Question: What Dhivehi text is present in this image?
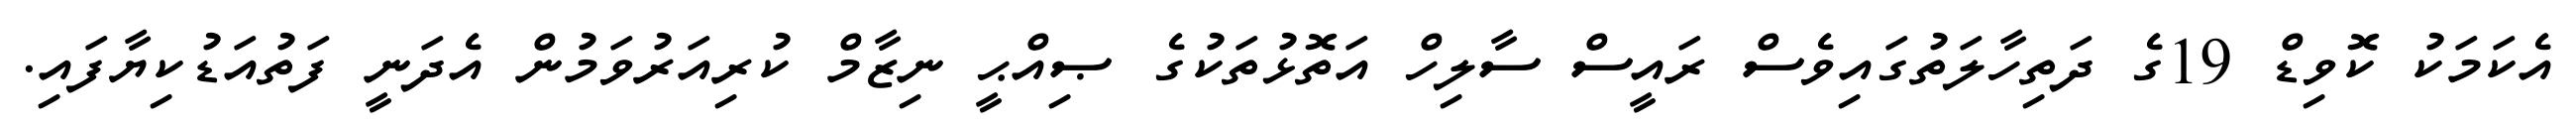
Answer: އެކަމަކު ކޮވިޑް 19ގެ ދަތިހާލަތުގައިވެސް ރައީސް ސާލިހް އަތޮޅުތަކުގެ ޞިއްޙީ ނިޒާމް ކުރިއަރުވަމުން އެދަނީ ފަތުއަޑުކިޔާފައި.